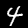
Label: 4